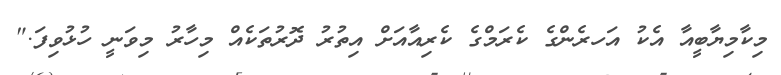
މިކާމިޔާބީއާ އެކު އަހރެންގެ ކެރަމްގެ ކެރިއާއަށް އިތުރު ދޮރުތަކެއް މިހާރު މިވަނީ ހުޅުވިފަ."